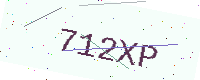
Text: 712XP